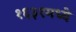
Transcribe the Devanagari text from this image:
१६३१मध्ये